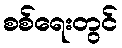
စစ်ရေးတွင်